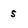
Character: s